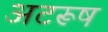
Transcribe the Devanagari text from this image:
अटरूष